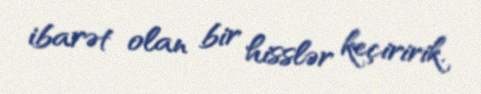
ibarət olan bir hisslər keçiririk.